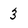
Character: 3